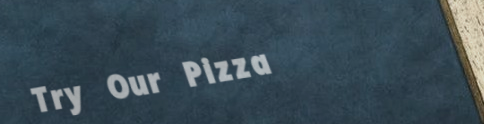
Try Our Pizza